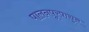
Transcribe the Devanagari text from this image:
पालनपूरपासून